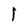
Character: 1